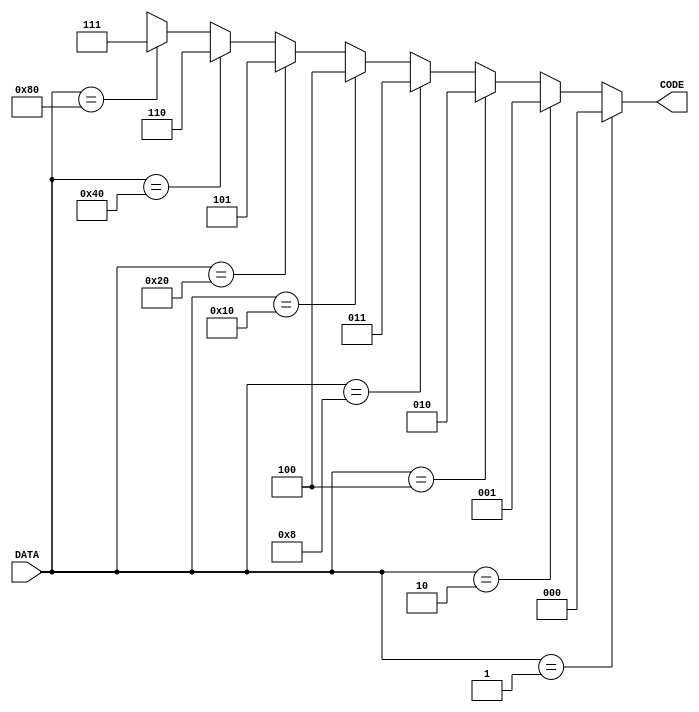
	module encoder (CODE, DATA);
  		input [7:0] DATA;
  		output [2:0] CODE;

  		reg [2:0] CODE;

		always @(DATA) begin

			     if (DATA == 8'b00000001) CODE = 3'b000;
			else if (DATA == 8'b00000010) CODE = 3'b001;
			else if (DATA == 8'b00000100) CODE = 3'b010;
			else if (DATA == 8'b00001000) CODE = 3'b011;
			else if (DATA == 8'b00010000) CODE = 3'b100;
			else if (DATA == 8'b00100000) CODE = 3'b101;
			else if (DATA == 8'b01000000) CODE = 3'b110;
			else if (DATA == 8'b10000000) CODE = 3'b111;
			else                          CODE = 3'bxxx;
		end
	endmodule
//************************************************************************
//End of Sample Solution
//************************************************************************
	module bus_multiplexer_tb;
		reg [7:0] DATA;
		wire [2:0] CODE;

		
		parameter STDIN = 32'h8000_0000;
		integer testid;
		integer ret;

		encoder  en (CODE, DATA);
 
		initial begin
			ret = $fscanf(STDIN,"%d",testid);
			case(testid)

				0:    	begin
						{DATA} = 1;
					end
   				1:    	begin
						{DATA} = 5;
        				end
   				2:    	begin
						{DATA} = 4;
					end
   				3:	begin
						{DATA} = 64;
					end
   				4:	begin
						{DATA} = 0;
					end
   				5:	begin
						{DATA} = 123;
					end
   				6:	begin
						{DATA} = 128;
					end
   				7:	begin
						{DATA} = 255;
					end

    				default:	begin
        							$display("Bad testcase id %d",testid);
        							$finish();
        					end
			endcase
			#5;
			case(CODE)
				3'bxxx: if (testid == 1 || testid == 4 || testid == 5 || testid == 7)
						pass();
					else 
						fail();
				default: if ( (testid == 0 && CODE == 3'b000) || (testid == 2 && CODE == 3'b010) || (testid == 3 && CODE == 3'b110) || (testid == 6 && CODE == 3'b111) )
        					pass();
					else
 						fail();
			endcase
		end


 		task fail; 	begin
    					$display("Fail: for DATA = %b, CODE = %1d is WRONG", DATA, CODE);
  				end
  		endtask

  		task pass; 	begin
    					$display("Pass: for DATA = %b, CODE = %1d", DATA, CODE);
	    				
  				end
  		endtask

	endmodule